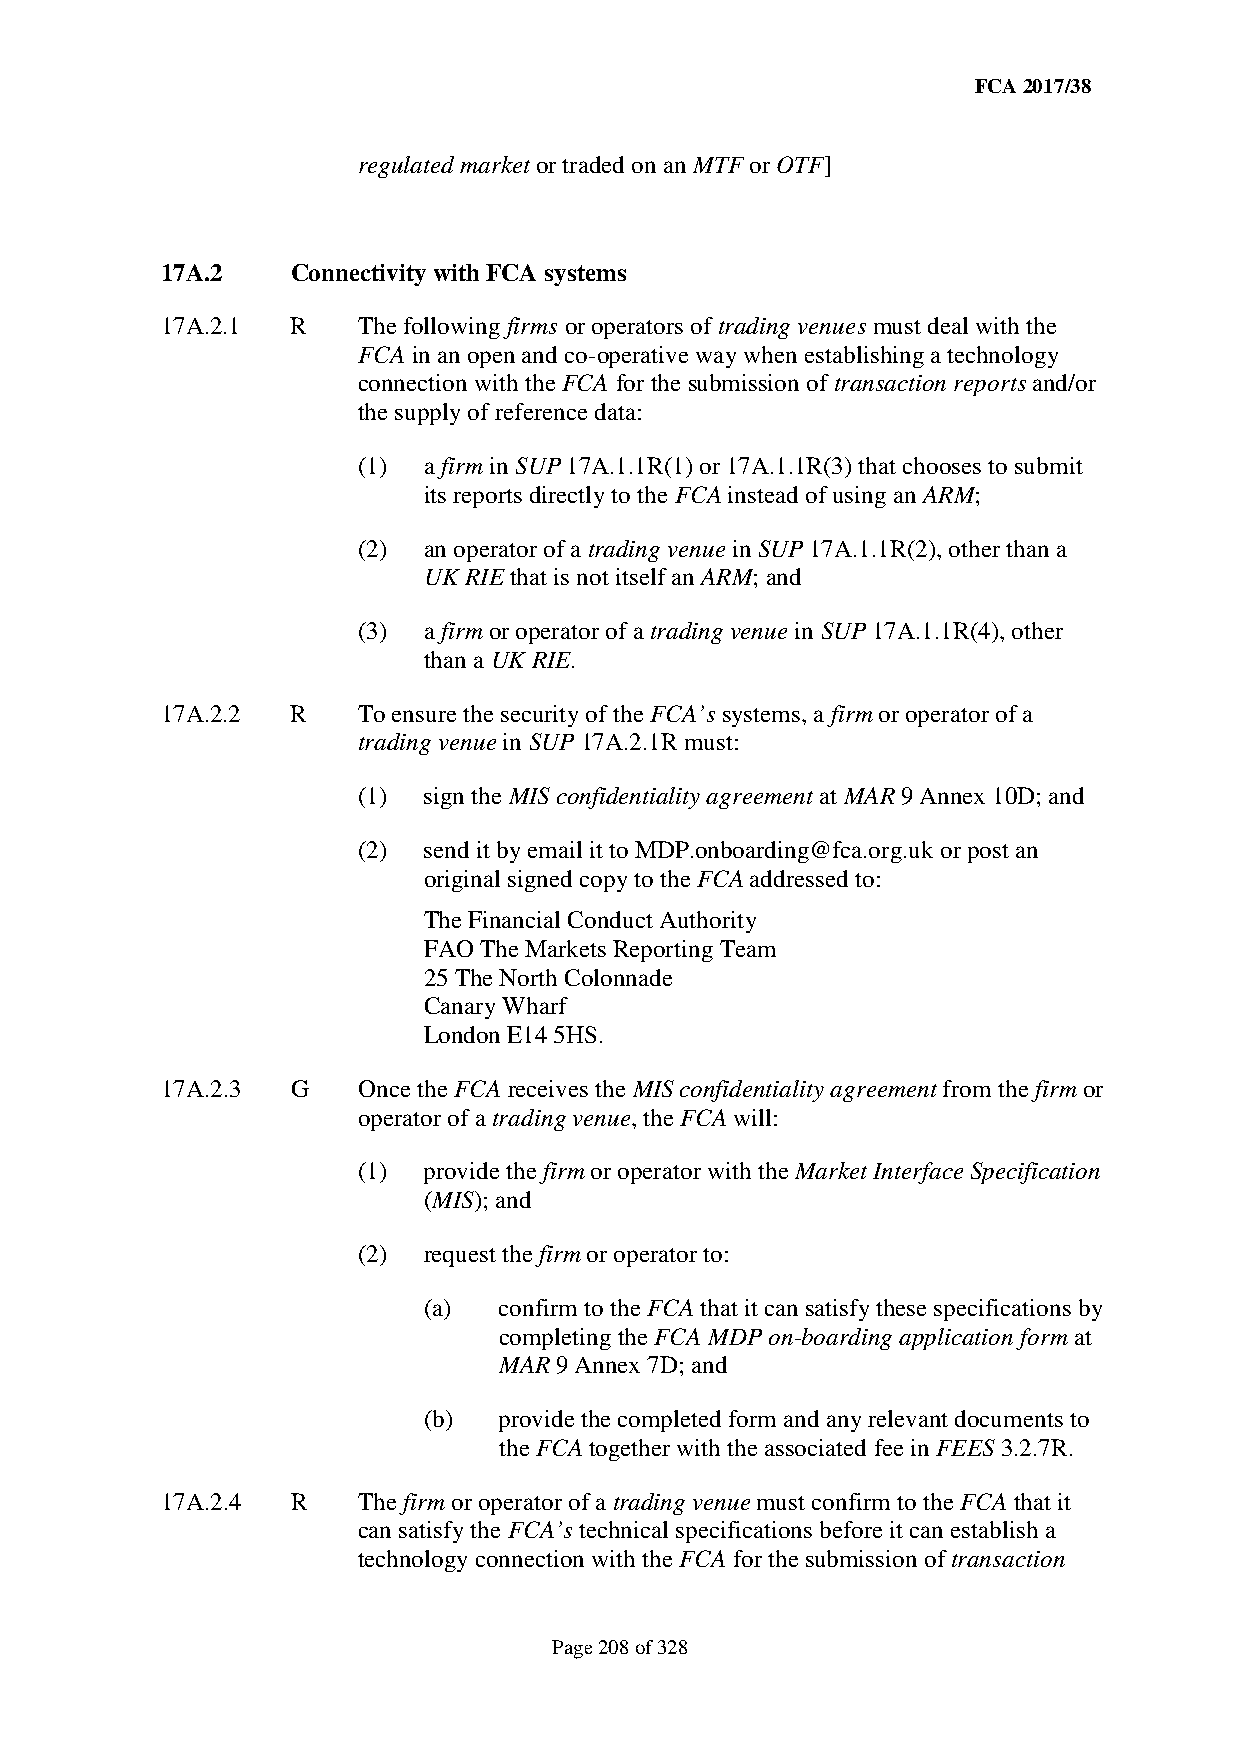
FCA 2017/38
 regulated market or traded on an MTF or OTF]
 17A.2   Connectivity with FCA systems
 17A.2.1 R    The following firms or operators of trading venues must deal with the
 FCA in an open and co-operative way when establishing a technology
 connection with the FCA for the submission of transaction reports and/or
 the supply of reference data:
 (1) a firm in SUP 17A.1.1R(1) or 17A.1.1R(3) that chooses to submit
 its reports directly to the FCA instead of using an ARM;
 (2) an operator of a trading venue in SUP 17A.1.1R(2), other than a
 UK RIE that is not itself an ARM; and
 (3) a firm or operator of a trading venue in SUP 17A.1.1R(4), other
 than a UK RIE.
 17A.2.2 R    To ensure the security of the FCA’s systems, a firm or operator of a
 trading venue in SUP 17A.2.1R must:
 (1) sign the MIS confidentiality agreement at MAR 9 Annex 10D; and
 (2) send it by email it to MDP.onboarding@fca.org.uk or post an
 original signed copy to the FCA addressed to:
 The Financial Conduct Authority
 FAO The Markets Reporting Team
 25 The North Colonnade
 Canary Wharf
 London E14 5HS.
 17A.2.3 G    Once the FCA receives the MIS confidentiality agreement from the firm or
 operator of a trading venue, the FCA will:
 (1) provide the firm or operator with the Market Interface Specification
 (MIS); and
 (2) request the firm or operator to:
 (a)  confirm to the FCA that it can satisfy these specifications by
 completing the FCA MDP on-boarding application form at
 MAR 9 Annex 7D; and
 (b)  provide the completed form and any relevant documents to
 the FCA together with the associated fee in FEES 3.2.7R.
 17A.2.4 R    The firm or operator of a trading venue must confirm to the FCA that it
 can satisfy the FCA’s technical specifications before it can establish a
 technology connection with the FCA for the submission of transaction
 Page 208 of 328